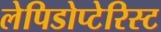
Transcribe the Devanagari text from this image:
लेपिडोप्टेरिस्ट